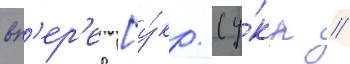
вп'ер'ед [у́кр. (у́кр //